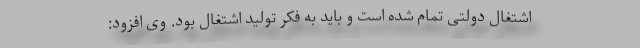
اشتغال دولتی تمام شده است و باید به فکر تولید اشتغال بود. وی افزود: